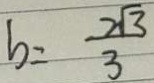
b = \frac { 2 \sqrt { 3 } } { 3 }